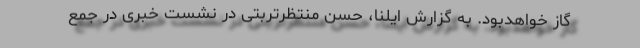
گاز خواهدبود. به گزارش ایلنا، حسن منتظرتربتی در نشست خبری در جمع